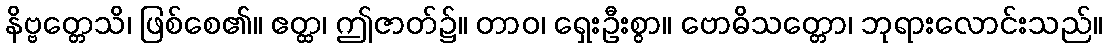
နိဗ္ဗတ္တေသိ၊ ဖြစ်စေ၏။ ဧတ္ထ၊ ဤဇာတ်၌။ တာဝ၊ ရှေးဦးစွာ။ ဗောဓိသတ္တော၊ ဘုရားလောင်းသည်။